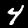
Label: 4